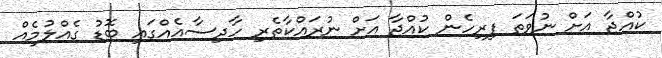
ކުއްޖާ އަށް ނުވަތަ ފިރިހެން ކުއްޖާ އަށް ނުރައްކާތެރި ހާދިސާއެއްގައި ބޮޑު ގެއްލުމެއް